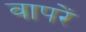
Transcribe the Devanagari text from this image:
वापरें